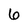
Character: 6